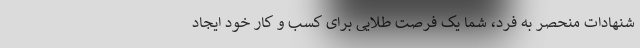
شنهادات منحصر به فرد، شما یک فرصت طلایی برای کسب و کار خود ایجاد